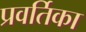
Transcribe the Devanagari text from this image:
प्रवर्तिका